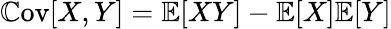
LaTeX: \mathbb{C}\textrm{ov}[X,Y]=\mathbb{E}[XY]-\mathbb{E}[X]\mathbb{E}[Y]